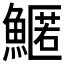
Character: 𩺱